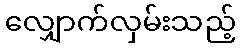
လျှောက်လှမ်းသည့်